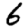
Digit: 6